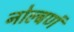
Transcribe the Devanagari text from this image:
नोल्बणं